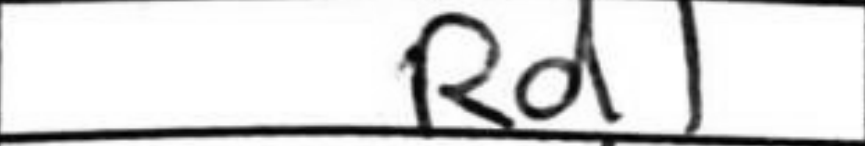
Transcription: Rd1